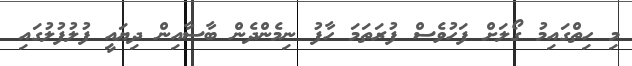
މި ހިތްގައިމު ގޯލަށް ފަހުވެސް ފުރަތަމަ ހާފު ނިމެންދެން ބާސާއިން ދިޔައީ ފުލުފުލުގައި